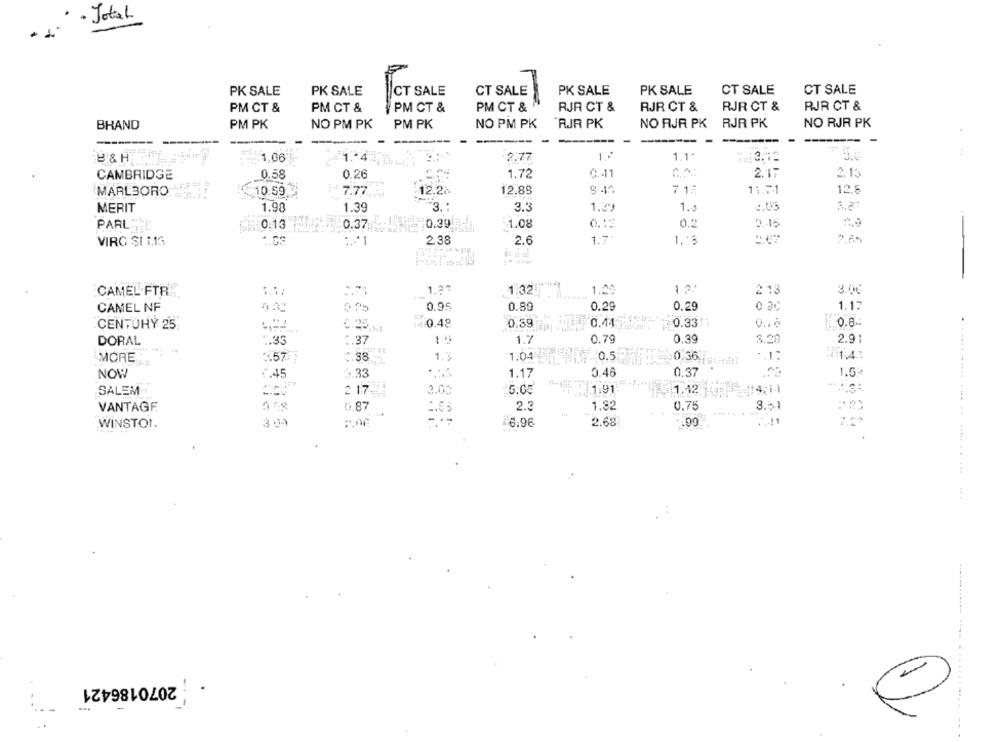
- Total
CT SALE
CT SALE
PK SALE
PK SALE
CT SALE
CT SALE
PK SALE
PK SALE
PM CT &
PM CT &
PM CT &
PM CT &
RJR CT &
RJR CT &
RJR CT &
RJR CT &
BHAND
PM PK
NO PM PK
PM PK
NO PM PK
AR PK
NO RJR PK
RJR PK
NO RJR PK
----
----
-------
1.1.
1.06
1. 4.),
2:77
1º
CAMBRIDGE
0.58
0.26
1.72
C .- 11
2.17
2.13
MARLBORO
10.59.
7.77
12.2
12.85
71:
11.71
12.8
MERIT
1.98
1.39
3 .:
3.3
1.39
1.5
3.20
0.39
1.08
0.45
PARLA:
0:13
0.37
0.12
0.2
VIRG SI 1.15
:+1
2.38
2.6
1.7
1.3
2.67
1,23
1.32
1.20
13.º
2 13
8.00
CAMEL.FTR
CAMEL NF
0.95
0.89
0.29
0.29
1.1.
CENTURY 25
0.25
0.48
0.39
0.44
0.33!
0 .. 6
0.6 -:
DORAL
7.33
1.37
1 "
1.7
0.79
0.39
3.28
2.91
:. 38
1.3
1.04
0.5
$0.36
MORE
0.37
1.5ª
NOW
€.45
. 33
1.17
0.46
.00
SALEM
2 17
3.00
5.00
11.91
1.12
4.1.
VANTAGE
0.87
2.3
1.82
0.75
16.96
2.68
:00
WINSTON.
. ..... ...... .... .. ..... .. ...
...
2070186421
.... .